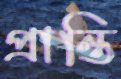
প্রান্তি